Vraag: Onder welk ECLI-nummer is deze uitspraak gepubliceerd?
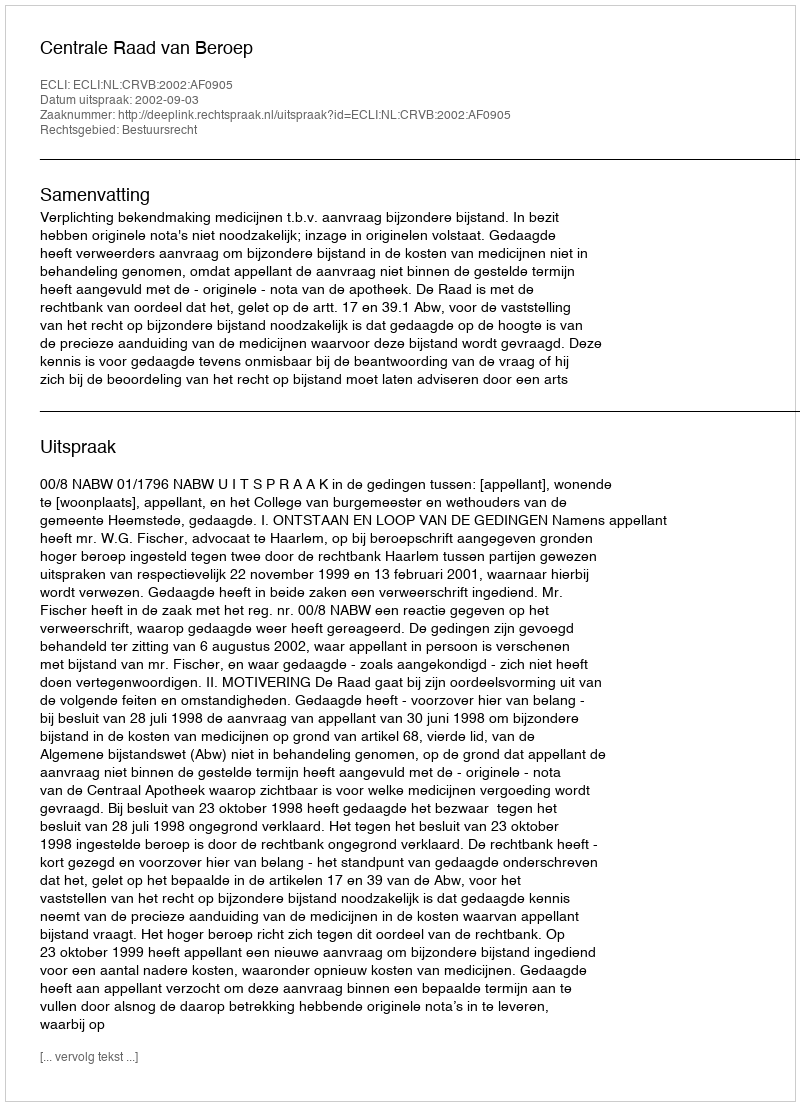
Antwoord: ECLI:NL:CRVB:2002:AF0905